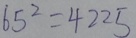
6 5 ^ { 2 } = 4 2 2 5